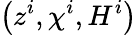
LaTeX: \left(z^{i},\chi^{i},H^{i}\right)